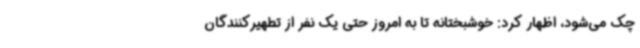
چک می‌شود، اظهار کرد: خوشبختانه تا به امروز حتی یک نفر از تطهیرکنندگان